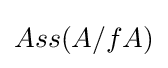
Ass(A/fA)